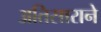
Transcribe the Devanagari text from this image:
अतिसाराने